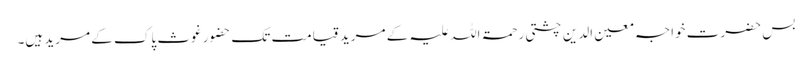
بس حضرت خواجہ معین الدین چشتی رحمۃ اللہ علیہ کے مرید قیامت تک حضور غوثِ پاک کے مرید ہیں۔